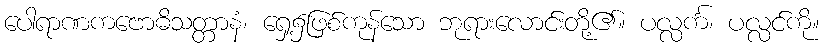
ပေါရာဏကဗောဓိသတ္တာနံ၊ ရှေ့၌ဖြစ်ကုန်သော ဘုရားလောင်းတို့၏။ ပလ္လင်္က၊ ပလ္လင်ကို။